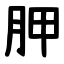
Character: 胛